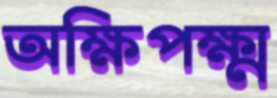
অক্ষিপক্ষ্ম